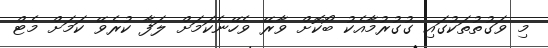
މި ވަގުތުތަކުގައި ގުގުރުމާއެކު ބޯކޮށް ވާރޭ ވެހޭނެކަމަށް ލަފާ ކުރެވޭ ކަމަށް މެޓް